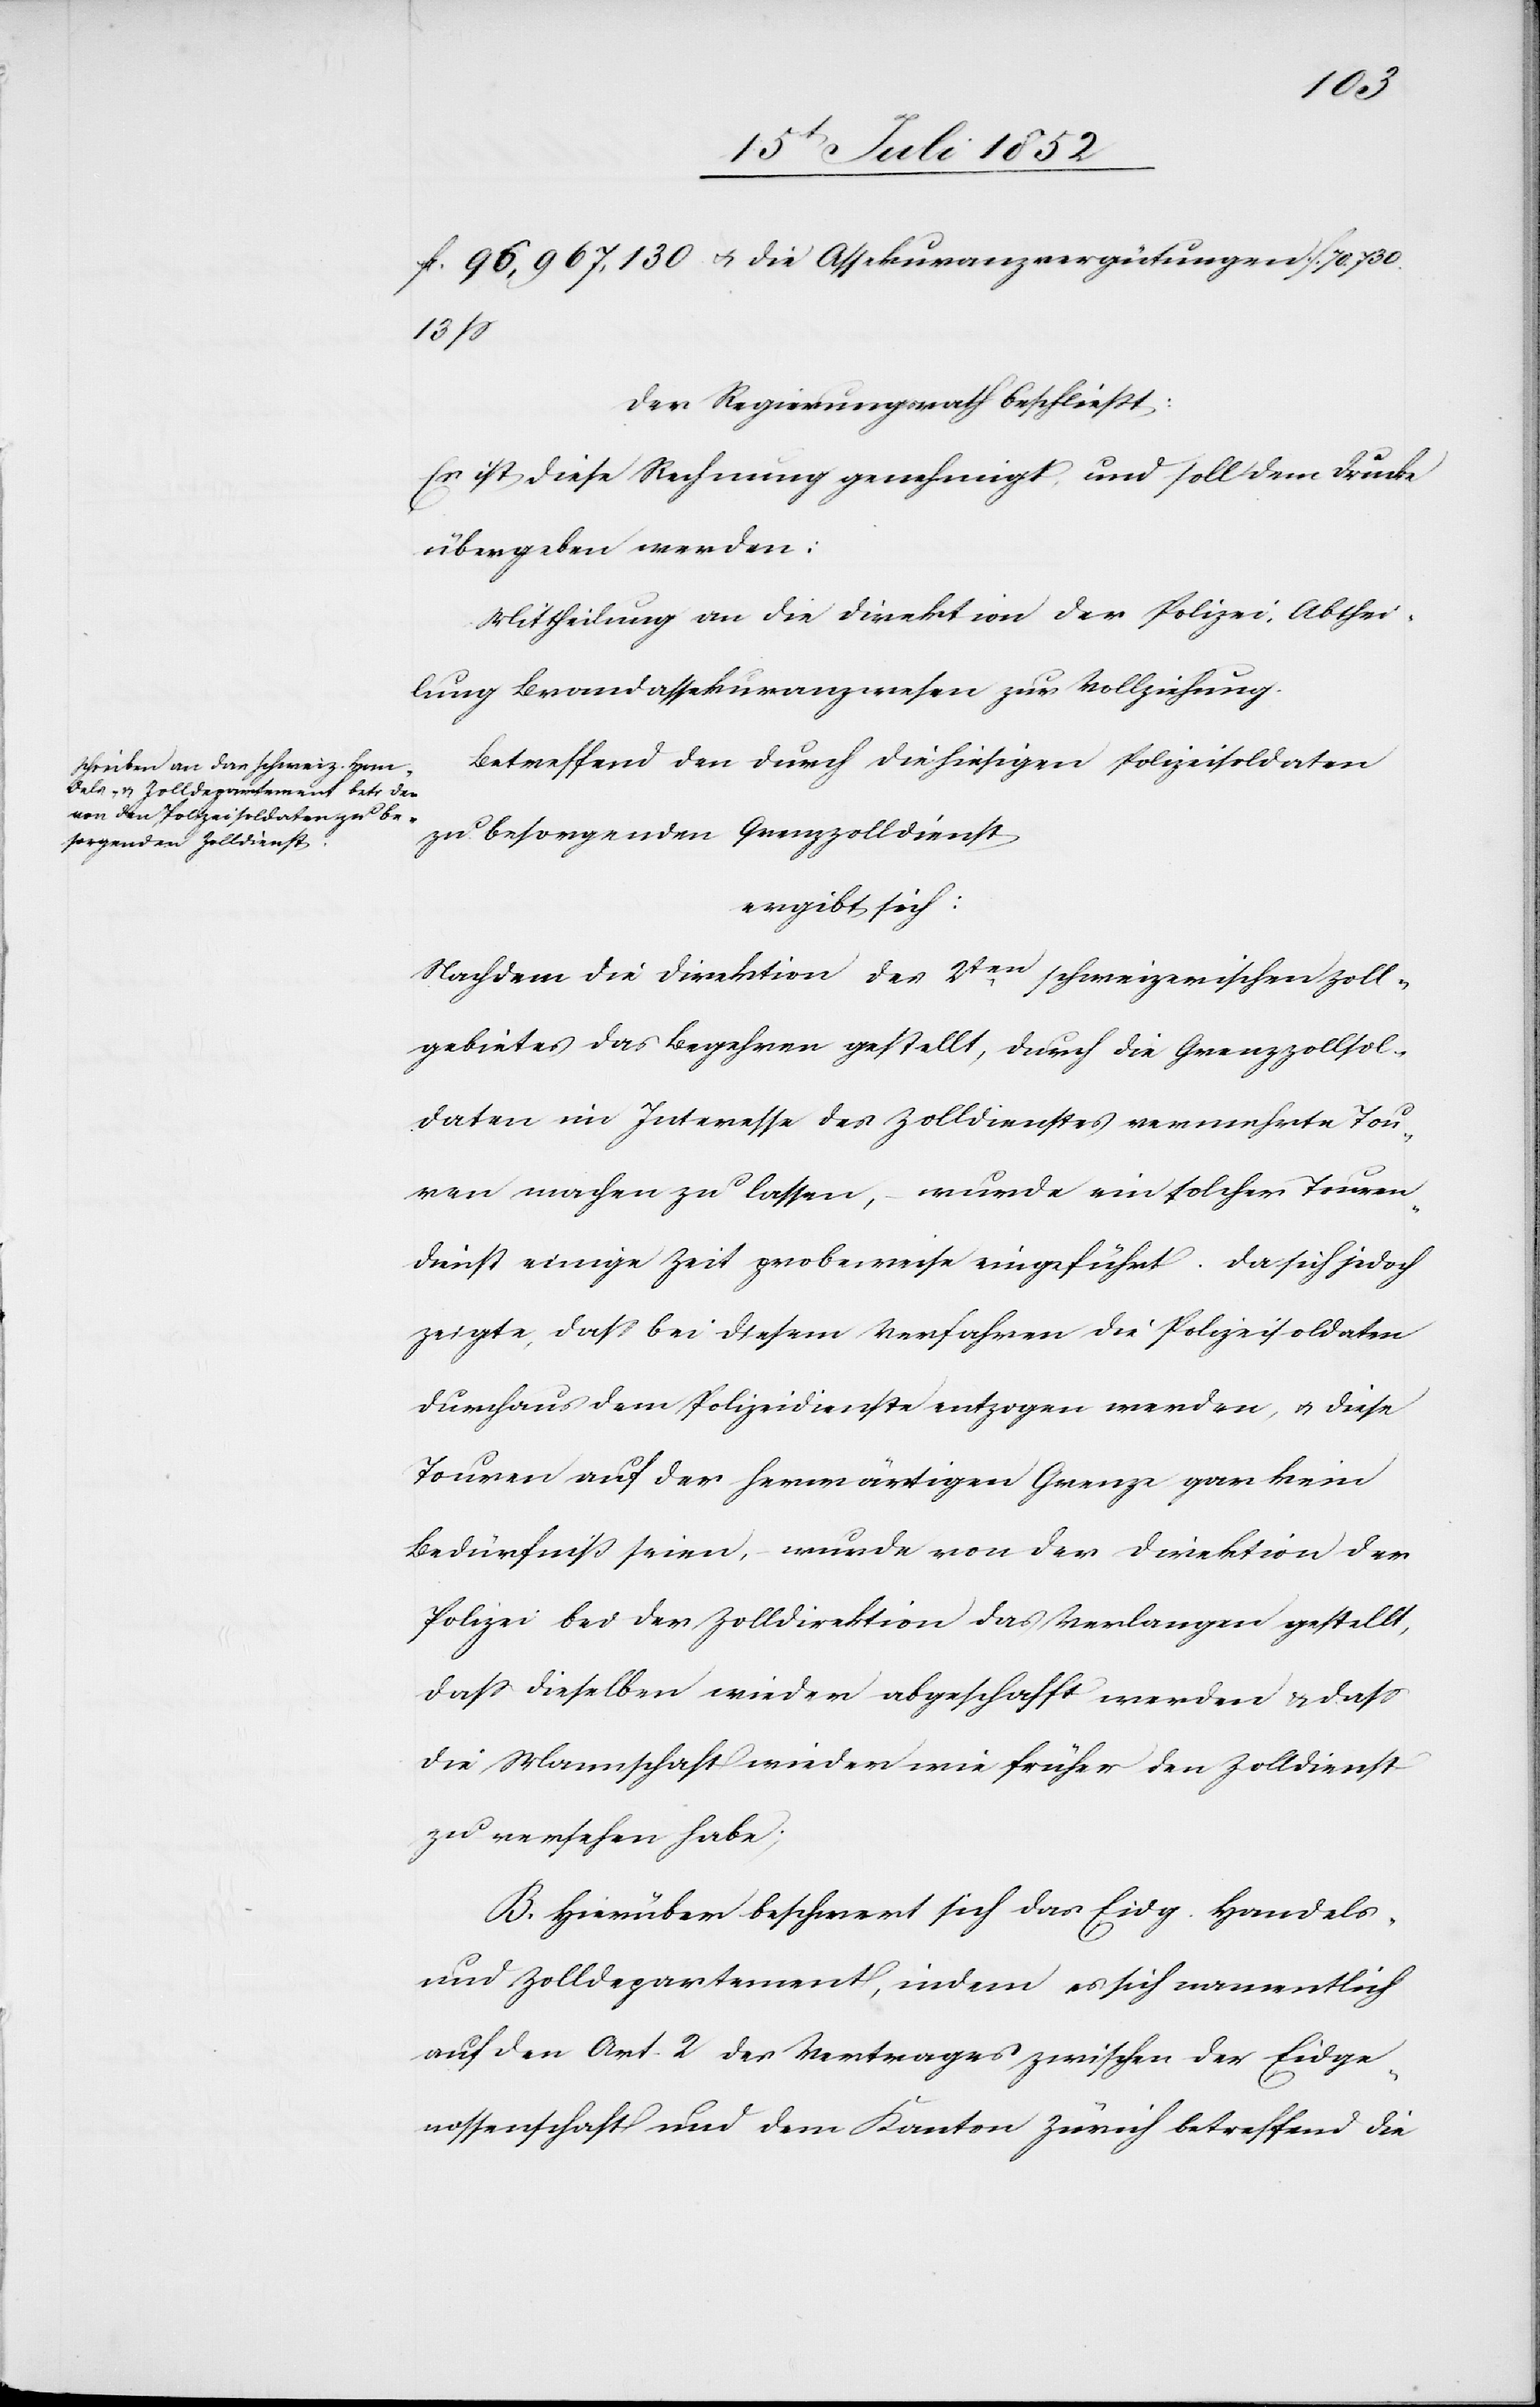
fl. 96,967,130 & die Assekuranzvergütungen f. 70.730.
13 ß
Der Regierungsrath beschließt:
Es ist diese Rechnung genehmigt, und soll dem Drucke
übergeben werden:
Mittheilung an die Direktion der Polizei, Abthei¬
lung Brandassekuranzwesen zur Vollziehung.
Betreffend den durch die hiesigen Polizeisoldaten
zu besorgenden Grenzzolldienst
ergibt sich:
Nachdem die Direktion des 2ten. schweizerischen Zoll¬
gebietes das Begehren gestellt, durch die Grenzzollsol¬
daten im Interesse des Zolldienstes vermehrte Tou¬
ren machen zu lassen, – wurde ein solcher Touren¬
dienst einige Zeit probeweise eingeführt. Da sich jedoch
zeigte, daß bei diesem Verfahren die Polizeisoldaten
durchaus dem Polizeidienste entzogen werden, & diese
Touren auf der herwärtigen Grenze gar kein
Bedürfniß seien, – wurde von der Direktion der
Polizei bei der Zolldirektion das Verlangen gestellt,
dass dieselben wieder abgeschafft werden & dass
die Mannschaft wieder wie früher den Zolldienst
zu versehen habe;
B. Hierüber beschwert sich das Eidg. Handels-
und Zolldepartement, indem es sich namentlich
auf den Art. 2 des Vertrages zwischen der Eidge¬
nossenschaft und dem Kanton Zürich betreffend die